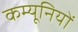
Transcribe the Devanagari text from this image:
कम्यूनियों